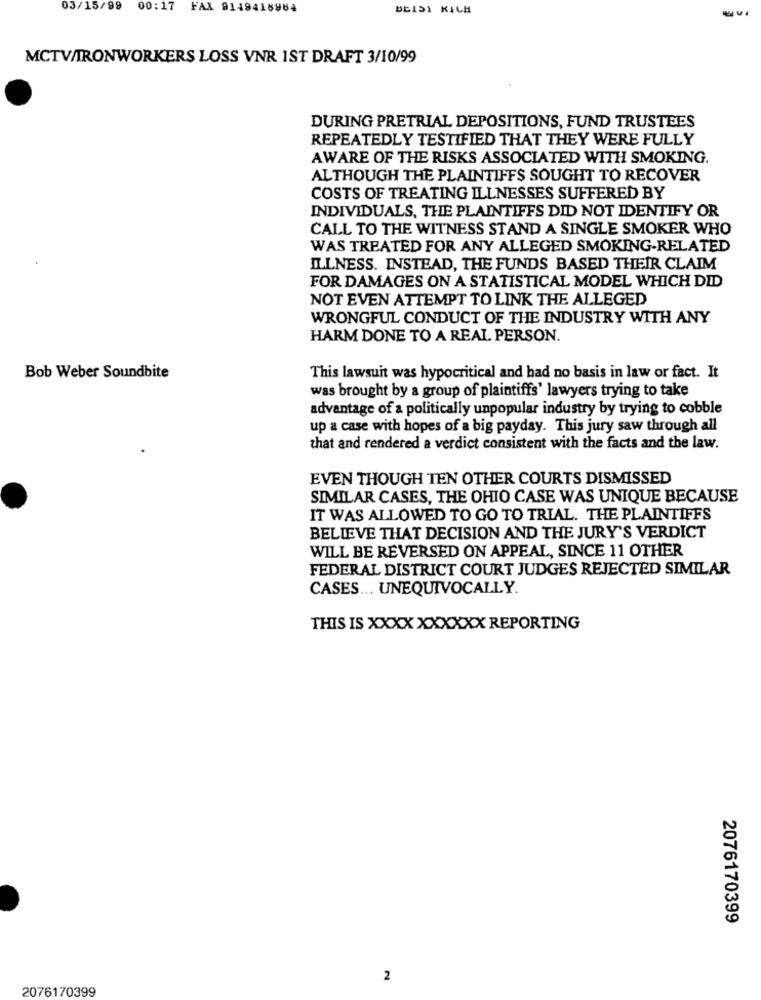
03/15/99
00:17 FAX 9149418964
BEIDI KICH
MCTV/TRONWORKERS LOSS VNR IST DRAFT 3/10/99
DURING PRETRIAL DEPOSITIONS, FUND TRUSTEES
REPEATEDLY TESTIFIED THAT THEY WERE FULLY
AWARE OF THE RISKS ASSOCIATED WITH SMOKING.
ALTHOUGH THE PLAINTIFFS SOUGHT TO RECOVER
COSTS OF TREATING ILLNESSES SUFFERED BY
INDIVIDUALS, THE PLAINTIFFS DID NOT IDENTIFY OR
CALL TO THE WITNESS STAND A SINGLE SMOKER WHO
WAS TREATED FOR ANY ALLEGED SMOKING-RELATED
ILLNESS. INSTEAD, THE FUNDS BASED THEIR CLAIM
FOR DAMAGES ON A STATISTICAL MODEL WHICH DID
NOT EVEN ATTEMPT TO LINK THE ALLEGED
WRONGFUL CONDUCT OF THE INDUSTRY WITH ANY
HARM DONE TO A REAL PERSON.
Bob Weber Soundbite
This lawsuit was hypocritical and had no basis in law or fact. It
was brought by a group of plaintiffs' lawyers trying to take
advantage of a politically unpopular industry by trying to cobble
up a case with hopes of a big payday. This jury saw through all
that and rendered a verdict consistent with the facts and the law.
EVEN THOUGH TEN OTHER COURTS DISMISSED
SIMILAR CASES, THE OHIO CASE WAS UNIQUE BECAUSE
IT WAS ALLOWED TO GO TO TRIAL. THE PLAINTIFFS
BELIEVE THAT DECISION AND THE JURY'S VERDICT
WILL BE REVERSED ON APPEAL, SINCE 11 OTHER
FEDERAL DISTRICT COURT JUDGES REJECTED SIMILAR
CASES ... UNEQUIVOCALLY.
THIS IS XXXX XXXXXX REPORTING
2076170399
2
2076170399